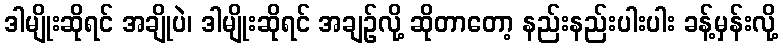
ဒါမျိုးဆိုရင် အချိုပဲ၊ ဒါမျိုးဆိုရင် အချဉ်လို့ ဆိုတာတော့ နည်းနည်းပါးပါး ခန့်မှန်းလို့